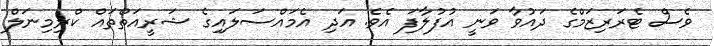
ވެސް ޓެރަރިޒަމްގެ ދައުވާ ވަނީ އުފުލާފަ އެވެ. އަދި އެމައްސަލައިގެ ޝަރީއަތްތައް ކްރިމިނަލް